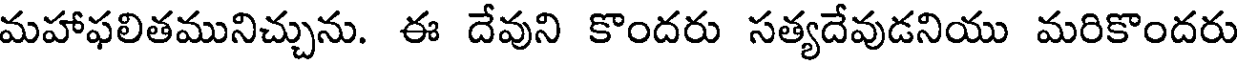
మహాఫలితమునిచ్చును. ఈ దేవుని కొందరు సత్యదేవుడనియు మరికొందరు